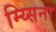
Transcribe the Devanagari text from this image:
म्य्सिना